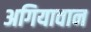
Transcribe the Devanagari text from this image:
अगियावान